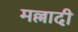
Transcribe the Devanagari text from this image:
मल्लादी